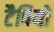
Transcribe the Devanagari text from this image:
टैपियो